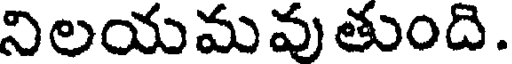
నిలయమవుతుంది.